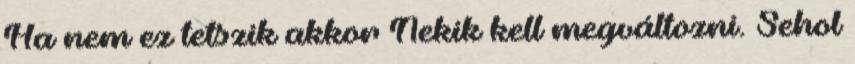
Ha nem ez tetszik akkor Nekik kell megváltozni. Sehol